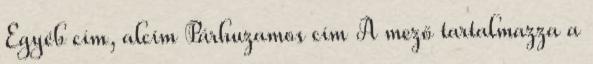
Egyéb cím, alcím Párhuzamos cím A mező tartalmazza a